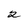
Character: 2